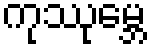
ကုဿုမ္ဘေ